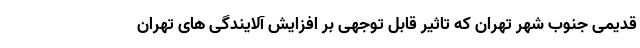
قدیمی جنوب شهر تهران که تاثیر قابل توجهی بر افزایش آلایندگی های تهران